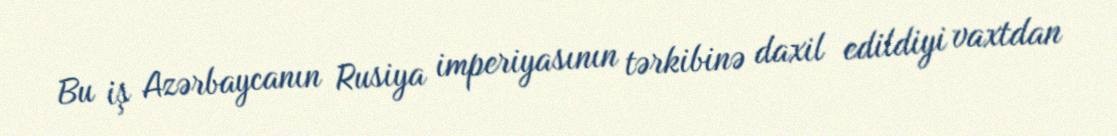
Bu iş Azərbaycanın Rusiya imperiyasının tərkibinə daxil edildiyi vaxtdan